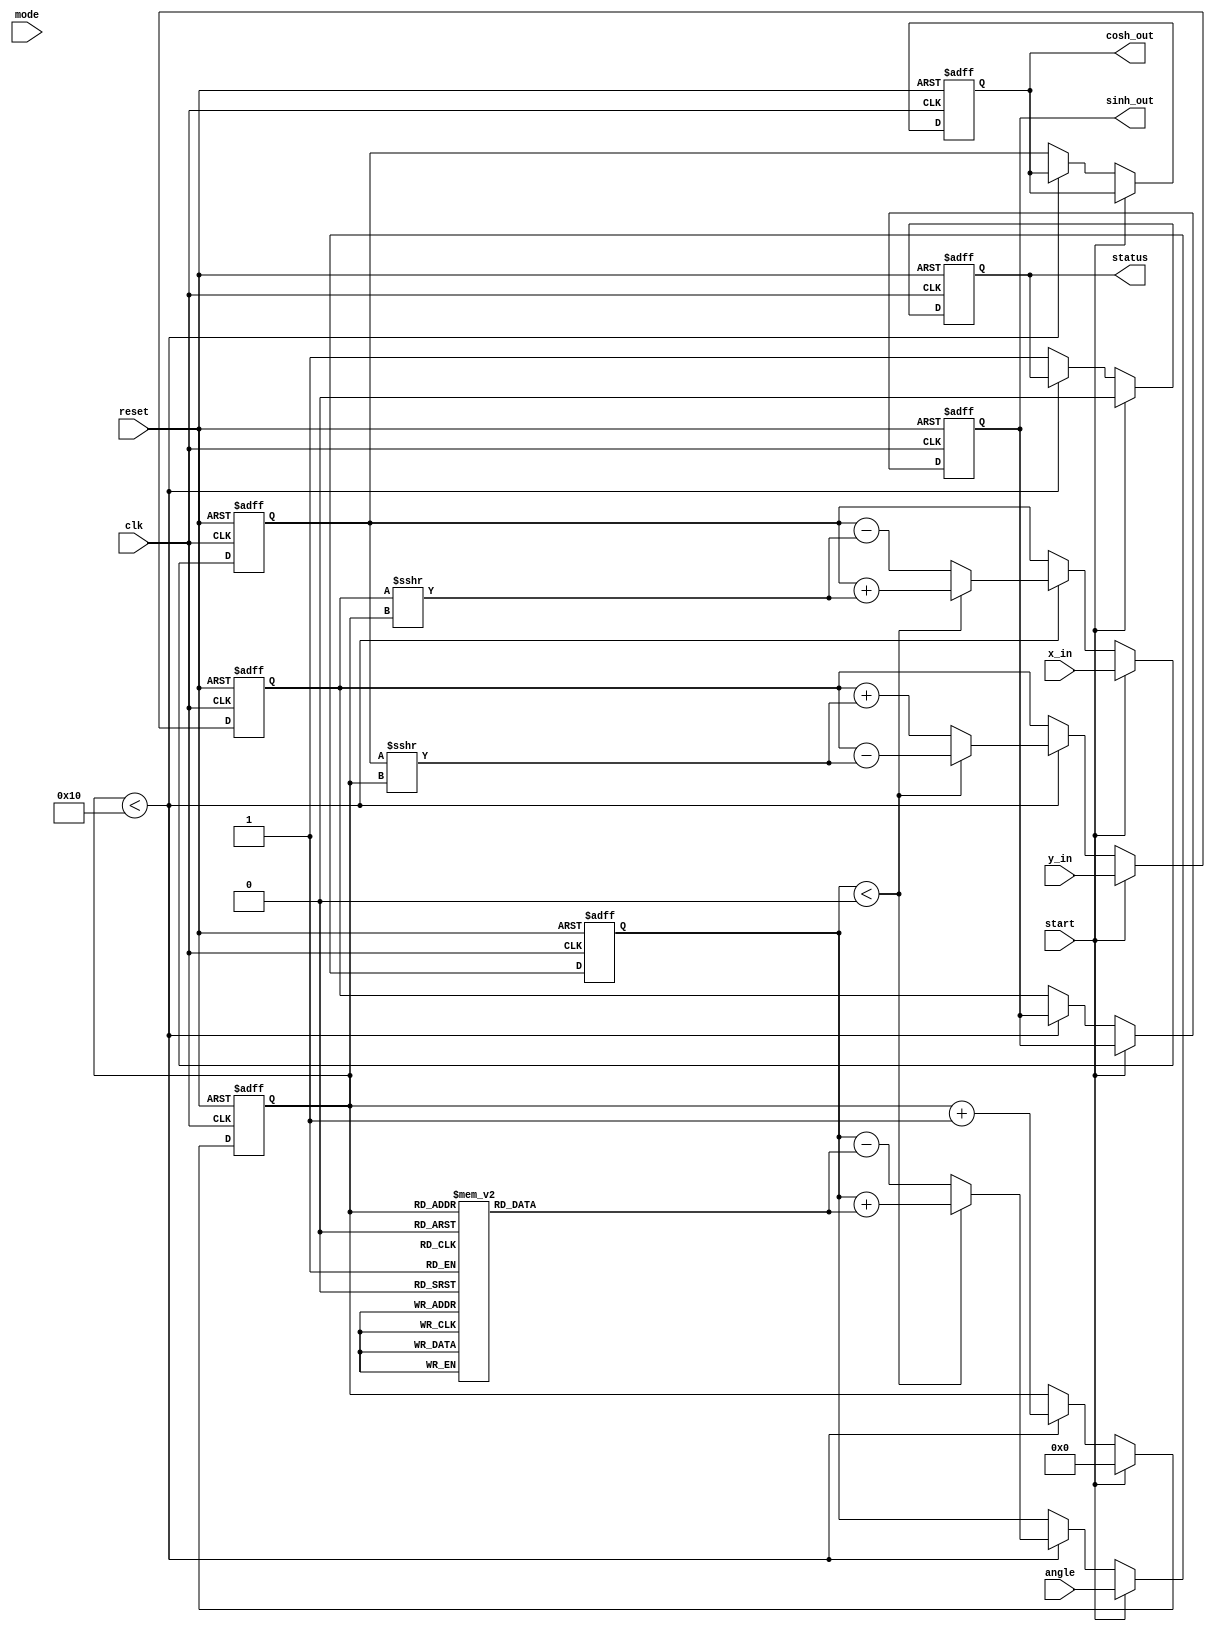
module hyperbolic_cordic (
    input wire clk,
    input wire reset,
    input wire start,
    input wire [15:0] x_in,  // Fixed-point representation of X
    input wire [15:0] y_in,  // Fixed-point representation of Y
    input wire [15:0] angle,  // Angle in radians (fixed-point)
    input wire mode,          // 0 for circular, 1 for hyperbolic
    output reg [15:0] sinh_out, // Output for sinh(X)
    output reg [15:0] cosh_out, // Output for cosh(X)
    output reg status         // Status signal
);

    // Parameters
    parameter NUM_ITERATIONS = 16; // Number of CORDIC iterations
    parameter FIXED_POINT_SCALE = 16'h10000; // Scaling factor for fixed-point

    // Internal signals
    reg [15:0] x; // Current X value
    reg [15:0] y; // Current Y value
    reg [15:0] z; // Current angle value
    reg [3:0] iteration; // Iteration counter

    // Angle lookup table for arctanh values (fixed-point)
    reg [15:0] atan_table [0:NUM_ITERATIONS-1];

    initial begin
        // Initialize the angle lookup table with arctanh values
        atan_table[0] = 16'h0000; // atan(1) = 0
        atan_table[1] = 16'h1C71; // atan(1/2) = 0.4636
        atan_table[2] = 16'h2D99; // atan(1/4) = 0.2449
        atan_table[3] = 16'h3A2D; // atan(1/8) = 0.1244
        // ... Fill in the rest of the table
        // atan_table[4] to atan_table[15]
    end

    // Control logic
    always @(posedge clk or posedge reset) begin
        if (reset) begin
            x <= 0;
            y <= 0;
            z <= 0;
            iteration <= 0;
            sinh_out <= 0;
            cosh_out <= 0;
            status <= 0;
        end else if (start) begin
            // Initialize inputs
            x <= x_in;
            y <= y_in;
            z <= angle;
            iteration <= 0;
            status <= 0;
        end else if (iteration < NUM_ITERATIONS) begin
            // CORDIC iteration
            if (z < 0) begin
                // Rotate clockwise
                x <= x + (y >>> iteration);
                y <= y - (x >>> iteration);
                z <= z + atan_table[iteration];
            end else begin
                // Rotate counter-clockwise
                x <= x - (y >>> iteration);
                y <= y + (x >>> iteration);
                z <= z - atan_table[iteration];
            end
            iteration <= iteration + 1;
        end else begin
            // Output results after completion
            sinh_out <= y; // Output for sinh(X)
            cosh_out <= x; // Output for cosh(X)
            status <= 1; // Indicate completion
        end
    end

endmodule